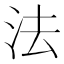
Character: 法